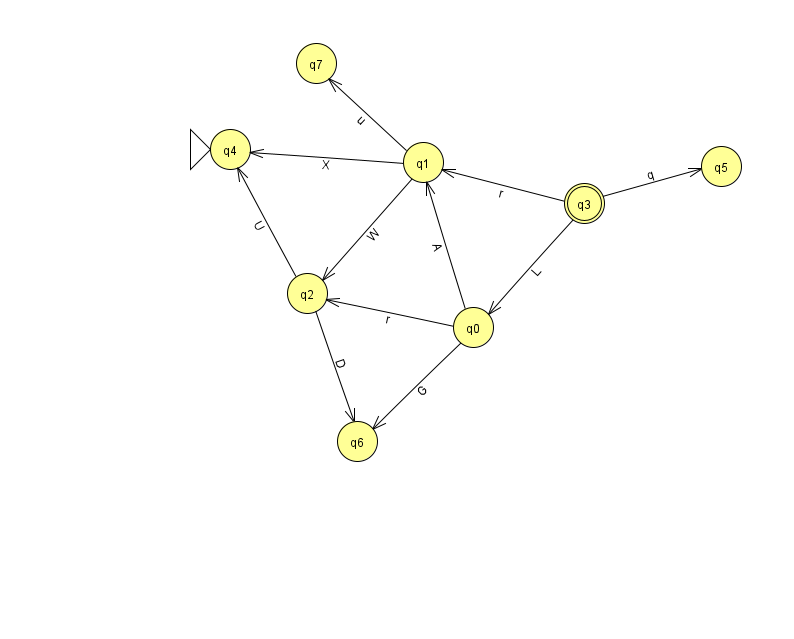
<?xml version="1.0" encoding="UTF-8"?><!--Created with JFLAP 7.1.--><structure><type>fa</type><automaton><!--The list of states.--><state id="0" name="q0"><x>473.0</x><y>314.0</y></state><state id="1" name="q1"><x>423.0</x><y>149.0</y></state><state id="2" name="q2"><x>307.0</x><y>280.0</y></state><state id="3" name="q3"><x>584.0</x><y>190.0</y><final/></state><state id="4" name="q4"><x>230.0</x><y>136.0</y><initial/></state><state id="5" name="q5"><x>721.0</x><y>153.0</y></state><state id="6" name="q6"><x>357.0</x><y>428.0</y></state><state id="7" name="q7"><x>316.0</x><y>50.0</y></state><!--The list of transitions.--><transition><from>1</from><to>2</to><read>W</read></transition><transition><from>3</from><to>5</to><read>q</read></transition><transition><from>2</from><to>4</to><read>U</read></transition><transition><from>2</from><to>6</to><read>D</read></transition><transition><from>0</from><to>2</to><read>r</read></transition><transition><from>0</from><to>1</to><read>A</read></transition><transition><from>1</from><to>7</to><read>u</read></transition><transition><from>3</from><to>1</to><read>r</read></transition><transition><from>3</from><to>0</to><read>L</read></transition><transition><from>0</from><to>6</to><read>G</read></transition><transition><from>1</from><to>4</to><read>X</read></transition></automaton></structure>